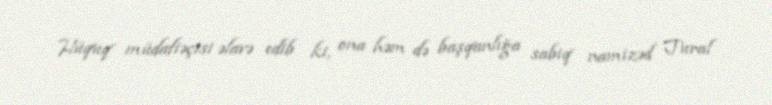
Hüquq müdafiəçisi əlavə edib ki, ona həm də başqanlığa sabiq namizəd Tural